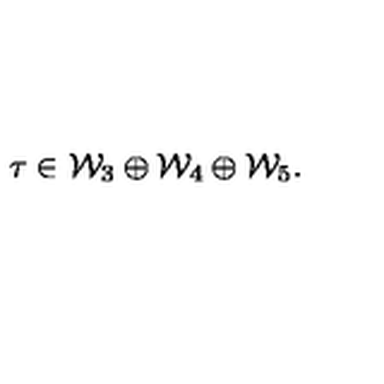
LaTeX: \tau \in { \cal W } _ { 3 } \oplus { \cal W } _ { 4 } \oplus { \cal W } _ { 5 } .